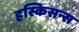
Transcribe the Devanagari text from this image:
हस्किसन्स